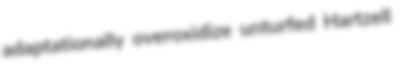
adaptationally overoxidize unturfed Hartzell